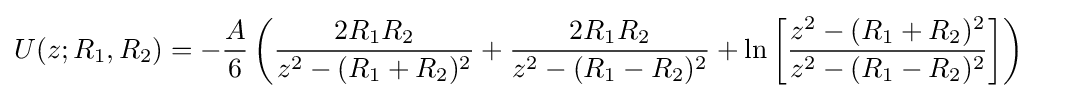
{\begin{aligned}&U(z;R_{1},R_{2})=-{\frac {A}{6}}\left({\frac {2R_{1}R_{2}}{z^{2}-(R_{1}+R_{2})^{2}}}+{\frac {2R_{1}R_{2}}{z^{2}-(R_{1}-R_{2})^{2}}}+\ln \left[{\frac {z^{2}-(R_{1}+R_{2})^{2}}{z^{2}-(R_{1}-R_{2})^{2}}}\right]\right)\end{aligned}}